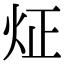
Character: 炡